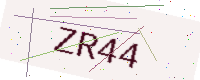
Text: ZR44